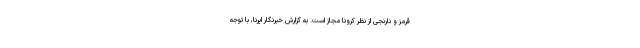
قرمز و نارنجی از نظر کرونا مجاز است. به گزارش خبرنگار ایرنا، با توجه